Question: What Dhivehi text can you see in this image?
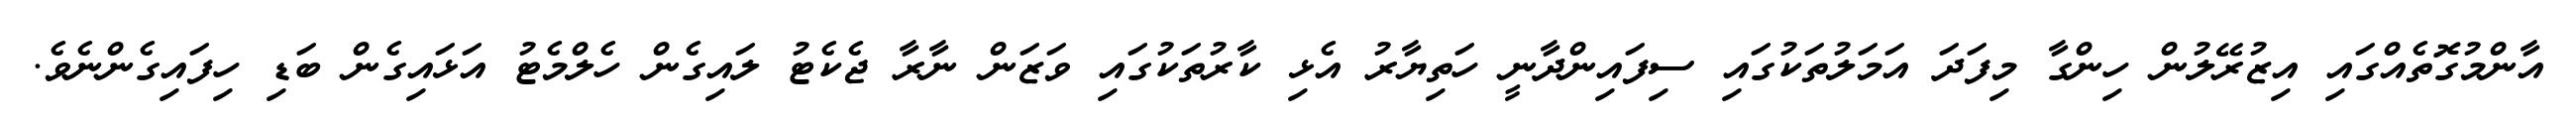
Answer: އާންމުގޮތެއްގައި އިޒުރޭލުން ހިންގާ މިފަދަ އަމަލުތަކުގައި ސިފައިންދާނީ ހަތިޔާރު އެޅި ކާރުތަކުގައި ވަޒަން ނާރާ ޖެކެޓު ލައިގެން ހެލްމެޓު އަޅައިގެން ބަޑި ހިފައިގެންނެވެ.